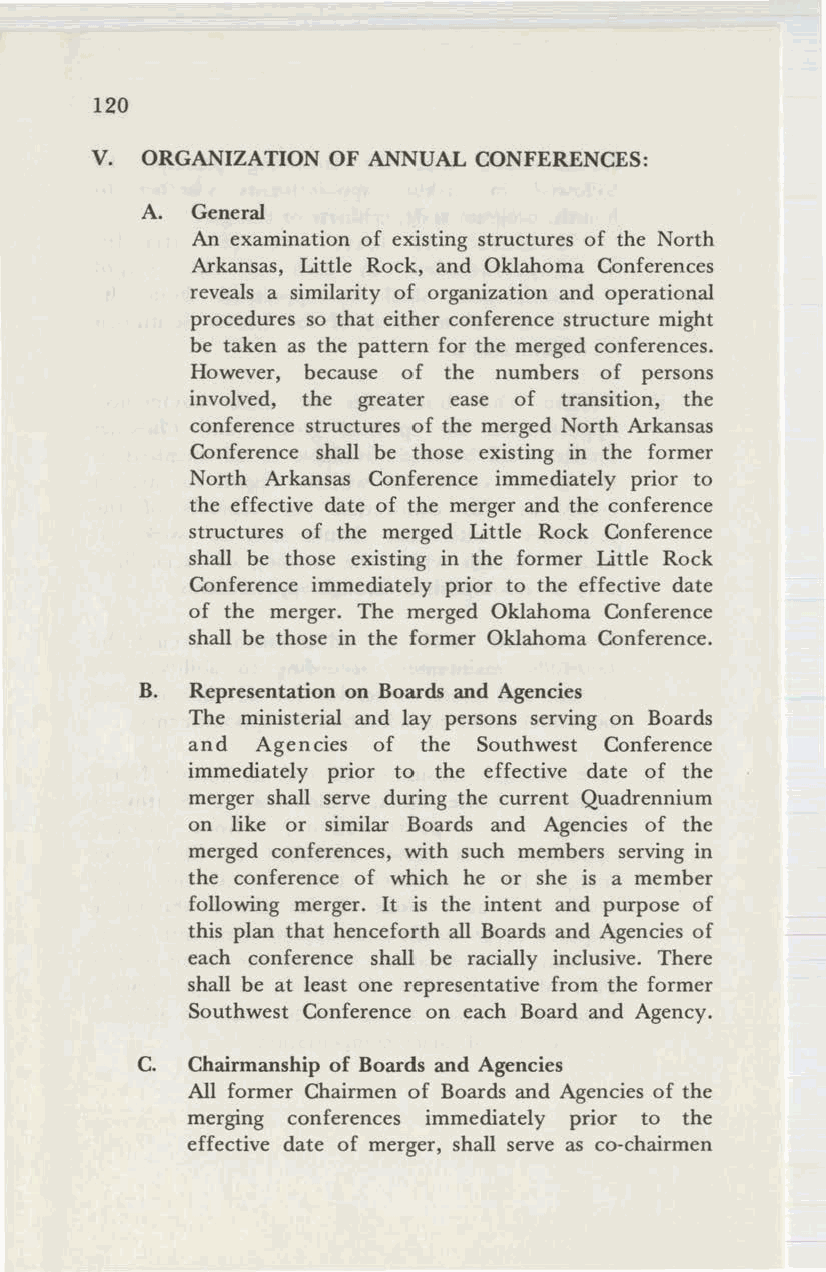
120
 v.
 ORGANIZATION OF ANNUAL CONFERENCES:
 A.  General
 An examination of existing structures of the North
 Arkansas, Little Rock, and Oklahoma Conferences
 reveals a similarity of organization and operational
 procedures so that either conference structure might
 be taken as the pattern for the merged conferences.
 However, because of the numbers of persons
 involved, the greater ease of transition, the
 conference structures of the merged North Arkansas
 Conference shall be those existing in the former
 North Arkansas Conference immediately prior to
 the effective date of the merger and the conference
 structures of the merged Little Rock Conference
 shall be those existing in the former Little Rock
 Conference immediately prior to the effective date
 of the merger. The merged Oklahoma Conference
 shall be those in the former Oklahoma Conference.
 B.  Representation on Boards and Agencies
 The ministerial and lay persons serving on Boards
 and  Agencies of the Southwest Conference
 immediately prior to the effective date of the
 merger shall serve during the current Quadrennium
 on like or similar Boards and Agencies of the
 merged conferences, with such members serving in
 the conference of which he or she is a member
 following merger. It is the intent and purpose of
 this plan that henceforth all Boards and Agencies of
 each conference shall be racially inclusive. There
 shall be at least one representative from the former
 Southwest Conference on each Board and Agency.
 C. Chairmanship of Boards and Agencies
 All former Chairmen of Boards and Agencies of the
 merging conferences immediately prior to the
 effective date of merger, shall serve as co-chairmen